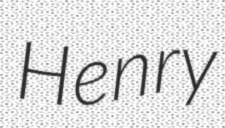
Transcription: Henry